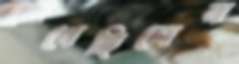
জেগেছিলেন